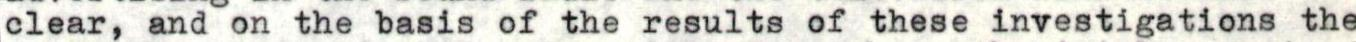
clear, and on the basis of the results of these investigations the